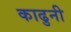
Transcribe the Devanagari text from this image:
काढुनी